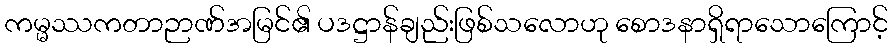
ကမ္မဿကတာဉာဏ်အမြင်၏ ပဒဋ္ဌာန်ချည်းဖြစ်သလောဟု စောဒနာရှိရာသောကြောင့်